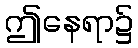
ဤနေရာ၌